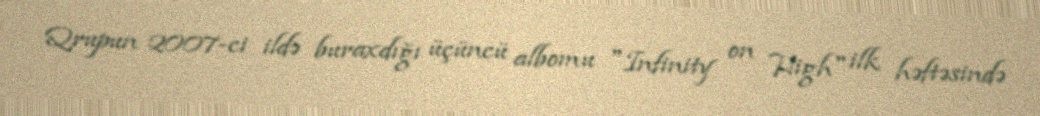
Qrupun 2007-ci ildə buraxdığı üçüncü albomu "Infinity on High" ilk həftəsində